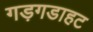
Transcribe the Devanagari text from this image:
गड़गडाहट